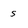
Character: s